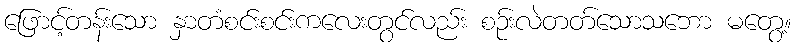
ဖြောင့်တန်းသော နှာတံစင်းစင်းကလေးတွင်လည်း စဉ်းလဲတတ်သောသဘော မတွေ့။